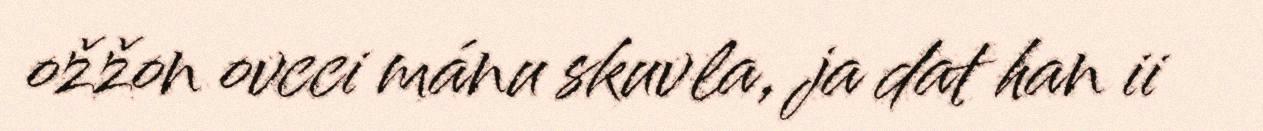
ožžon ovcci mánu skuvla, ja dat han ii